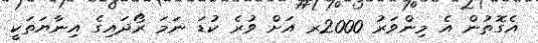
އެގޮތުން އެ މިންވަރު 2000ރ އަށް ވުރެ ކުޑަ ނަމަ ރޯދައިގެ އިނާޔަތަކީ